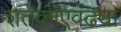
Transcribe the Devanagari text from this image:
शतकांएवढ्या